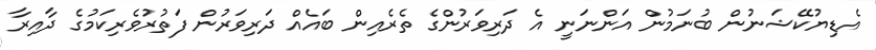
އެޑިޔުކޭޝަނުން ބުނަމުން އަންނަނީ އެ ދަރިވަރުންގެ ތެރެއިން ބައެއް ދަރިވަރުން ފަތުރުވެރިކަމުގެ ދާއިރާ